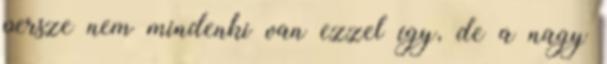
persze nem mindenki van ezzel így, de a nagy